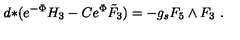
d { * } ( e ^ { - \Phi } H _ { 3 } - C e ^ { \Phi } \tilde { F } _ { 3 } ) = - g _ { s } F _ { 5 } \wedge F _ { 3 } \ .